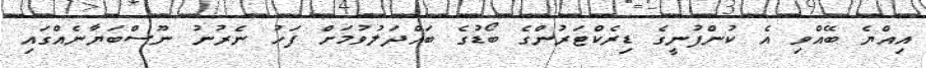
އިއްޔެ ބޭއްވި އެ ކުންފުނީގެ ޑިރެކްޓަރުންގެ ބޯޑުގެ ބައްދަލުވުމަށް ފަހު ނެރުނު ނޫސްބަޔާނެއްގައި